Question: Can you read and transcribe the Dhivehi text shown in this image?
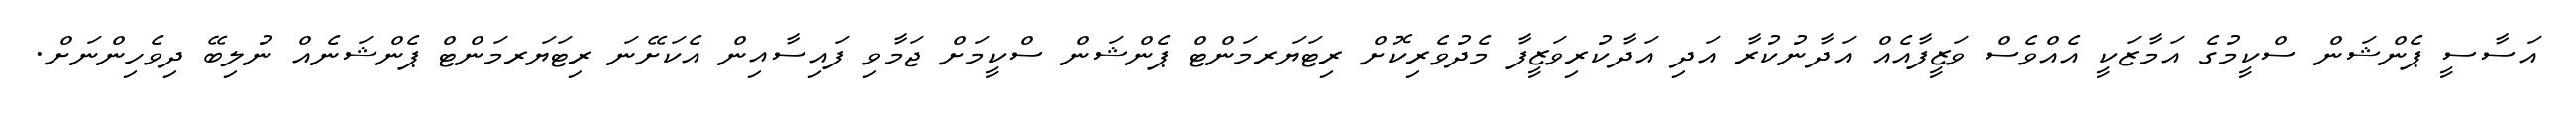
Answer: އަސާސީ ޕެންޝަން ސްކީމުގެ އަމާޒަކީ އެއްވެސް ވަޒީފާއެއް އަދާނުކުރާ އަދި އަދާކުރިވަޒީފާ މެދުވެރިކޮށް ރިޓަޔަރމަންޓް ޕެންޝަން ސްކީމަށް ޖަމާވި ފައިސާއިން އެކަށޭނަ ރިޓަޔަރމަންޓް ޕެންޝަނެއް ނުލިބޭ ދިވެހިންނަށް.